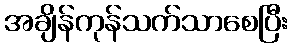
အချိန်ကုန်သက်သာစေပြီး